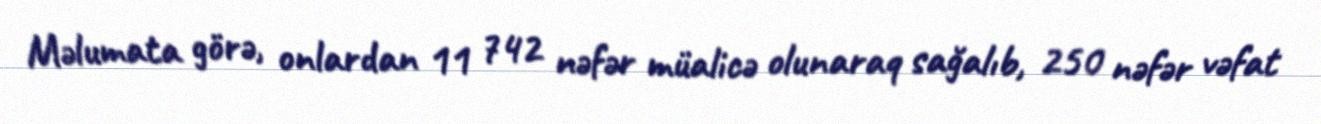
Məlumata görə, onlardan 11 742 nəfər müalicə olunaraq sağalıb, 250 nəfər vəfat